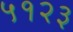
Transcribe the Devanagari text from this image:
५१२३